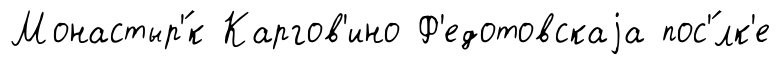
Монастыр'́к Каргов'ино Ф'едотовскаjа пос'́лк'е